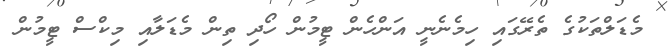
މެޑަލްތަކުގެ ތެރޭގައި ހިމެނެނީ އަންހެން ޓީމުން ހޯދި ތިން މެޑަލާއި މިކްސް ޓީމުން